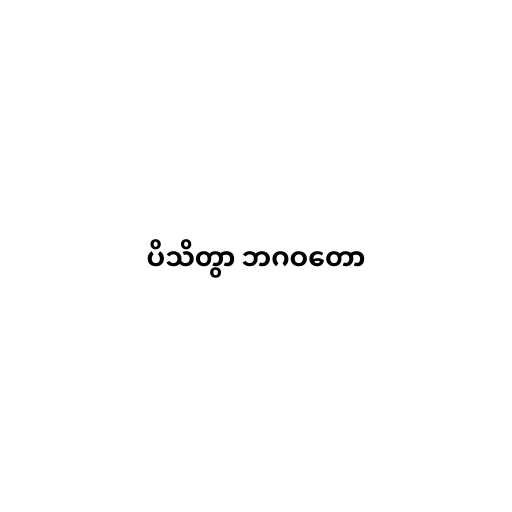
ပိသိတွာ ဘဂဝတော